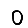
Digit: 0